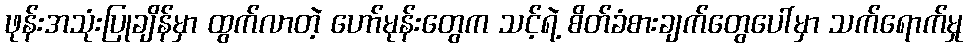
ဖုန်းအသုံးပြုချိန်မှာ ထွက်လာတဲ့ ဟော်မုန်းတွေက သင့်ရဲ့ စိတ်ခံစားချက်တွေပေါ်မှာ သက်ရောက်မှု